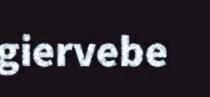
giervebe